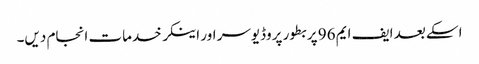
اسکے بعد ایف ایم 96 پر بطور پروڈیوسر اور اینکر خدمات انجام دیں۔